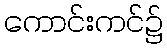
ကောင်းကင်၌